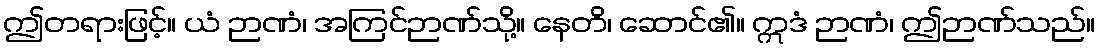
ဤတရားဖြင့်။ ယံ ဉာဏံ၊ အကြင်ဉာဏ်သို့။ နေတိ၊ ဆောင်၏။ ဣဒံ ဉာဏံ၊ ဤဉာဏ်သည်။